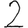
Digit: 2